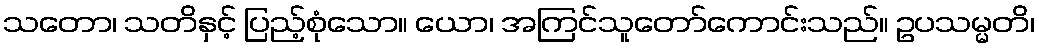
သတော၊ သတိနှင့် ပြည့်စုံသော။ ယော၊ အကြင်သူတော်ကောင်းသည်။ ဥပသမ္မတိ၊